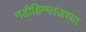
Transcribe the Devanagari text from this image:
गडीहिन्ग्लजच्या